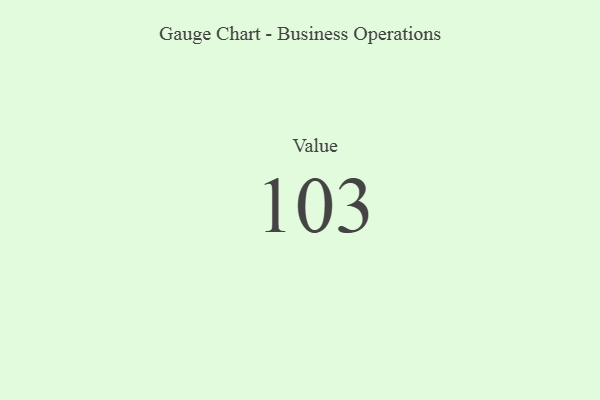
{"axis": {"x": "Metric", "y": "Value"}, "legend": [""], "data": [{"x": "Value", "y": 103, "type": ""}]}